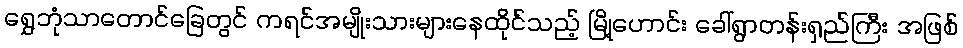
ရွှေဘုံသာတောင်ခြေတွင် ကရင်အမျိုးသားများနေထိုင်သည့် မြို့ဟောင်း ခေါ်ရွာတန်းရှည်ကြီး အဖြစ်